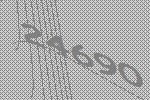
24690